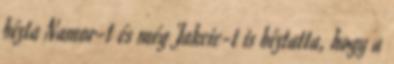
bízta Namor-t és még Jakcie-t is bíztatta, hogy a